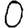
Digit: 0